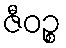
ဇီဝဉ္စ